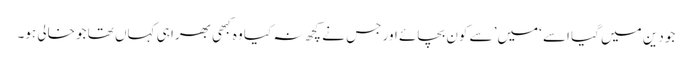
جو دین میں گیا اسے ‘میں’ سے کون بچائے اور جس نے کچھ نہ کیا وہ کبھی بھرا ہی کہاں تھا جو خالی ہو۔